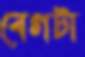
বেগটা